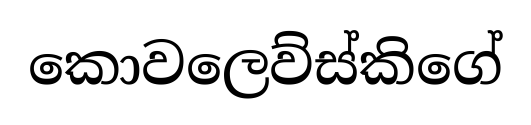
කොවලෙව්ස්කිගේ